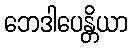
ဘေဒါပေန္တိယာ